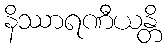
နိဿာရဏီယန္တိ